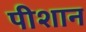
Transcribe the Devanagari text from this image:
पीशान